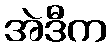
အဲဒီက